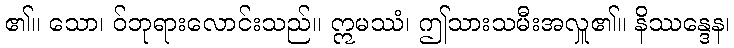
၏။ သော၊ ဝ်ဘုရားလောင်းသည်။ ဣမဿံ၊ ဤသားသမီးအလှူ၏။ နိဿန္ဒေန၊